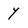
Character: Y